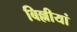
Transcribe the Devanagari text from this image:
बिल्लीयां